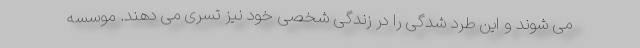
می شوند و این طرد شدگی را در زندگی شخصی خود نیز تسری می دهند. موسسه